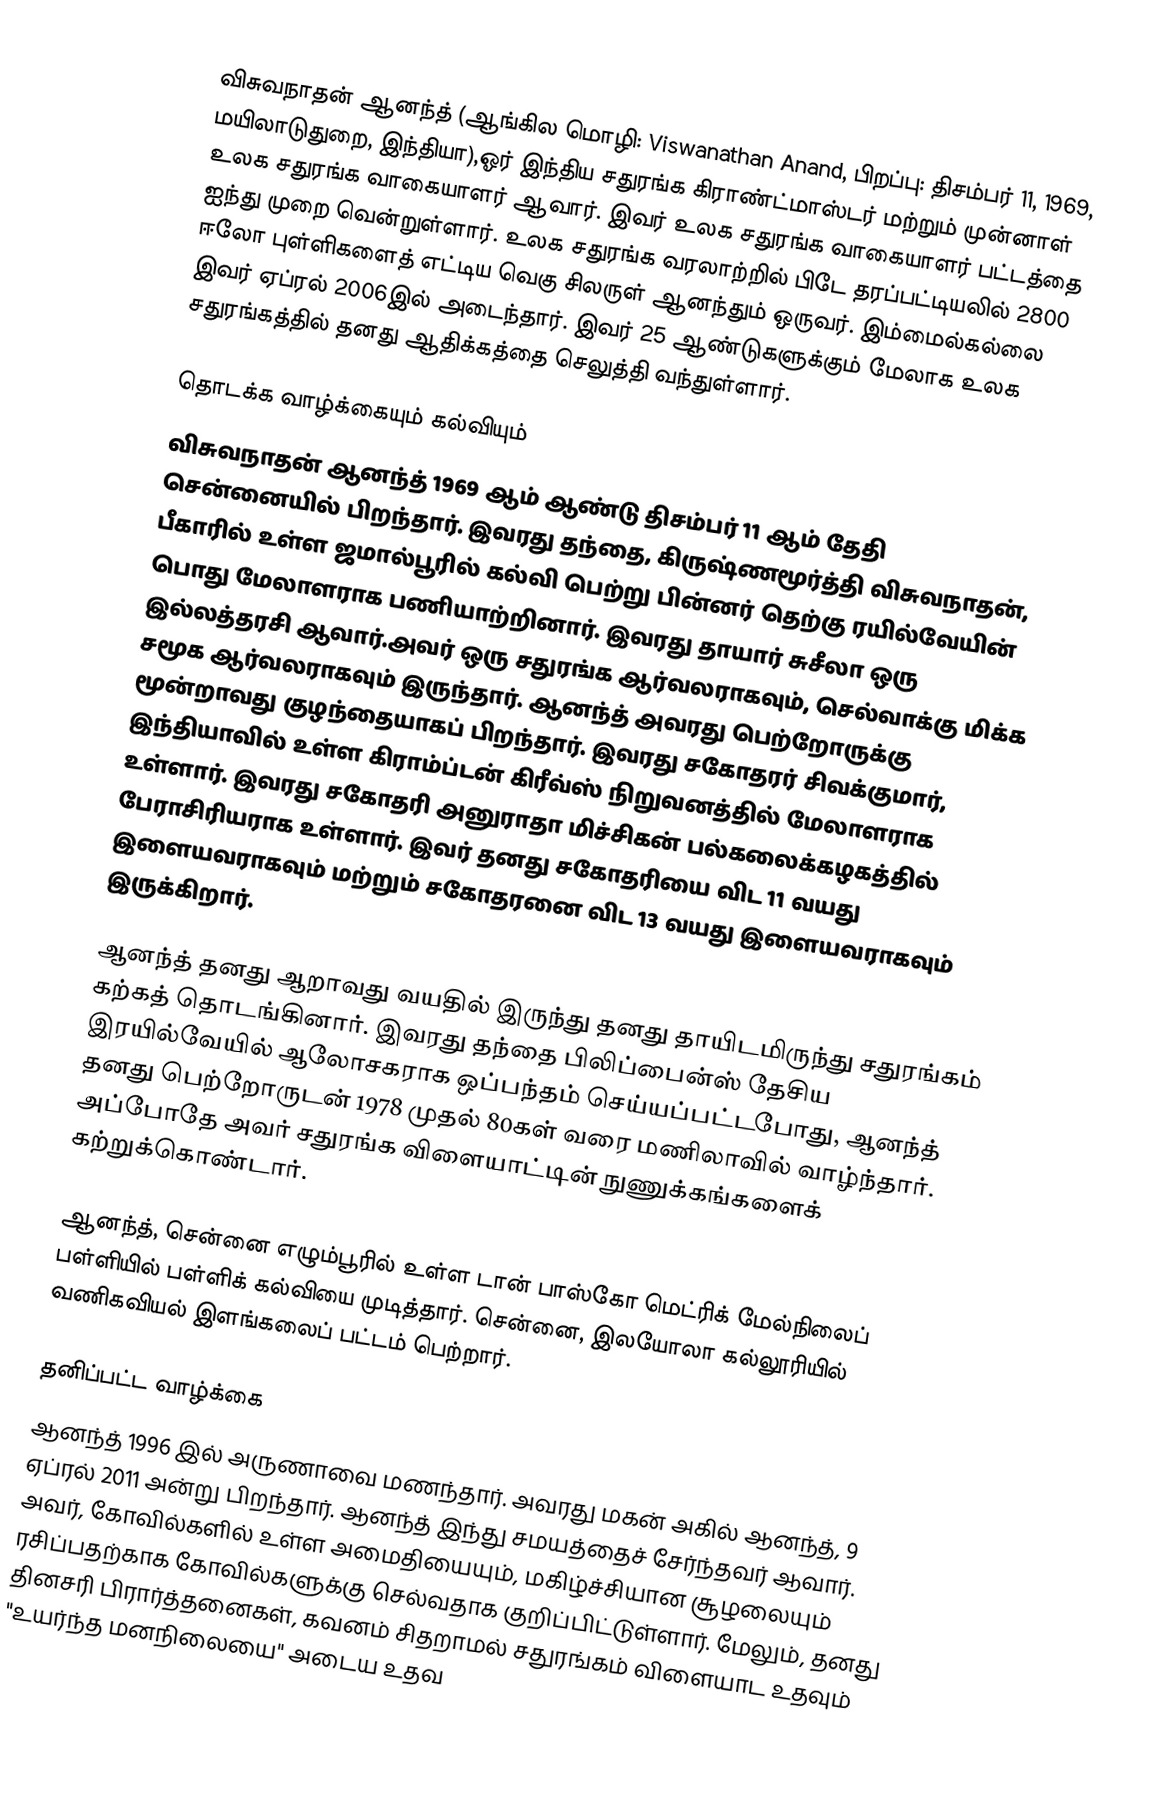
விசுவநாதன் ஆனந்த் (ஆங்கில மொழி: Viswanathan Anand, பிறப்பு: திசம்பர் 11, 1969, மயிலாடுதுறை, இந்தியா),ஓர் இந்திய சதுரங்க கிராண்ட்மாஸ்டர் மற்றும் முன்னாள் உலக சதுரங்க வாகையாளர் ஆவார். இவர் உலக சதுரங்க வாகையாளர் பட்டத்தை ஐந்து முறை வென்றுள்ளார். உலக சதுரங்க வரலாற்றில் பிடே தரப்பட்டியலில்  2800 ஈலோ புள்ளிகளைத் எட்டிய வெகு சிலருள் ஆனந்தும் ஒருவர். இம்மைல்கல்லை இவர் ஏப்ரல் 2006இல் அடைந்தார். இவர் 25 ஆண்டுகளுக்கும் மேலாக உலக சதுரங்கத்தில் தனது ஆதிக்கத்தை செலுத்தி வந்துள்ளார்.

தொடக்க வாழ்க்கையும் கல்வியும்
விசுவநாதன் ஆனந்த் 1969 ஆம் ஆண்டு திசம்பர் 11 ஆம் தேதி சென்னையில் பிறந்தார்.  இவரது தந்தை, கிருஷ்ணமூர்த்தி விசுவநாதன், பீகாரில் உள்ள  ஜமால்பூரில் கல்வி பெற்று பின்னர் தெற்கு ரயில்வேயின் பொது மேலாளராக பணியாற்றினார். இவரது தாயார் சுசீலா ஒரு இல்லத்தரசி ஆவார்.அவர் ஒரு சதுரங்க ஆர்வலராகவும், செல்வாக்கு மிக்க சமூக ஆர்வலராகவும் இருந்தார். ஆனந்த் அவரது பெற்றோருக்கு மூன்றாவது குழந்தையாகப் பிறந்தார். இவரது சகோதரர் சிவக்குமார், இந்தியாவில் உள்ள கிராம்ப்டன் கிரீவ்ஸ் நிறுவனத்தில் மேலாளராக உள்ளார். இவரது சகோதரி அனுராதா மிச்சிகன் பல்கலைக்கழகத்தில் பேராசிரியராக உள்ளார். இவர் தனது சகோதரியை விட 11 வயது இளையவராகவும் மற்றும் சகோதரனை விட 13 வயது இளையவராகவும் இருக்கிறார்.

ஆனந்த் தனது ஆறாவது வயதில் இருந்து தனது தாயிடமிருந்து சதுரங்கம் கற்கத் தொடங்கினார். இவரது தந்தை பிலிப்பைன்ஸ் தேசிய இரயில்வேயில் ஆலோசகராக ஒப்பந்தம் செய்யப்பட்டபோது, ஆனந்த் தனது பெற்றோருடன் 1978 முதல் 80கள் வரை மணிலாவில் வாழ்ந்தார். அப்போதே அவர் சதுரங்க விளையாட்டின் நுணுக்கங்களைக் கற்றுக்கொண்டார்.

ஆனந்த், சென்னை எழும்பூரில் உள்ள டான் பாஸ்கோ மெட்ரிக் மேல்நிலைப் பள்ளியில்   பள்ளிக் கல்வியை முடித்தார். சென்னை, இலயோலா கல்லூரியில் வணிகவியல் இளங்கலைப் பட்டம் பெற்றார்.

தனிப்பட்ட வாழ்க்கை
ஆனந்த் 1996 இல் அருணாவை மணந்தார். அவரது மகன் அகில் ஆனந்த், 9 ஏப்ரல் 2011 அன்று  பிறந்தார். ஆனந்த் இந்து சமயத்தைச் சேர்ந்தவர் ஆவார். அவர், கோவில்களில் உள்ள அமைதியையும், மகிழ்ச்சியான சூழலையும் ரசிப்பதற்காக கோவில்களுக்கு செல்வதாக குறிப்பிட்டுள்ளார். மேலும், தனது தினசரி பிரார்த்தனைகள், கவனம் சிதறாமல் சதுரங்கம் விளையாட உதவும் "உயர்ந்த மனநிலையை" அடைய உதவ